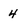
Character: 4